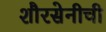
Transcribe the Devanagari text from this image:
शौरसेनीची